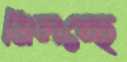
মিলচ্ছে